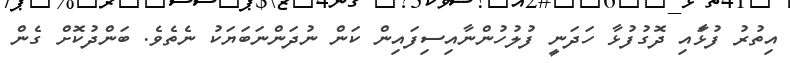
އިތުރު ފުޅަާއި ދޮގުފުޅާ ހަދަނީ ފުލުހުންނާއިސިފައިން ކަން ނުދަންނަބަޔަކު ނެތެވެ. ބަންދުކޮށް ގެން